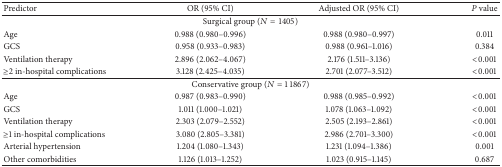
<table><thead><tr><td><b>Predictor</b></td><td><b>OR (95% CI)</b></td><td><b>Adjusted OR (95% CI)</b></td><td><b><i>P </i>value</b></td></tr></thead><tbody><tr><td colspan="4">Surgical group (<i>N</i> = 1405)</td></tr><tr><td>Age</td><td>0.988 (0.980–0.996)</td><td>0.988 (0.980–0.997)</td><td>0.011</td></tr><tr><td>GCS</td><td>0.958 (0.933–0.983)</td><td>0.988 (0.961–1.016)</td><td>0.384</td></tr><tr><td>Ventilation therapy</td><td>2.896 (2.062–4.067)</td><td>2.176 (1.511–3.136)</td><td>&lt;0.001</td></tr><tr><td>≥2 in-hospital complications</td><td>3.128 (2.425–4.035)</td><td>2.701 (2.077–3.512)</td><td>&lt;0.001</td></tr><tr><td colspan="4">Conservative group (<i>N</i> = 11867)</td></tr><tr><td>Age</td><td>0.987 (0.983–0.990)</td><td>0.988 (0.985–0.992)</td><td>&lt;0.001</td></tr><tr><td>GCS</td><td>1.011 (1.000–1.021)</td><td>1.078 (1.063–1.092)</td><td>&lt;0.001</td></tr><tr><td>Ventilation therapy</td><td>2.303 (2.079–2.552)</td><td>2.505 (2.193–2.861)</td><td>&lt;0.001</td></tr><tr><td>≥1 in-hospital complications</td><td>3.080 (2.805–3.381)</td><td>2.986 (2.701–3.300)</td><td>&lt;0.001</td></tr><tr><td>Arterial hypertension</td><td>1.204 (1.080–1.343)</td><td>1.231 (1.094–1.386)</td><td>0.001</td></tr><tr><td>Other comorbidities</td><td>1.126 (1.013–1.252)</td><td>1.023 (0.915–1.145)</td><td>0.687</td></tr></tbody></table>